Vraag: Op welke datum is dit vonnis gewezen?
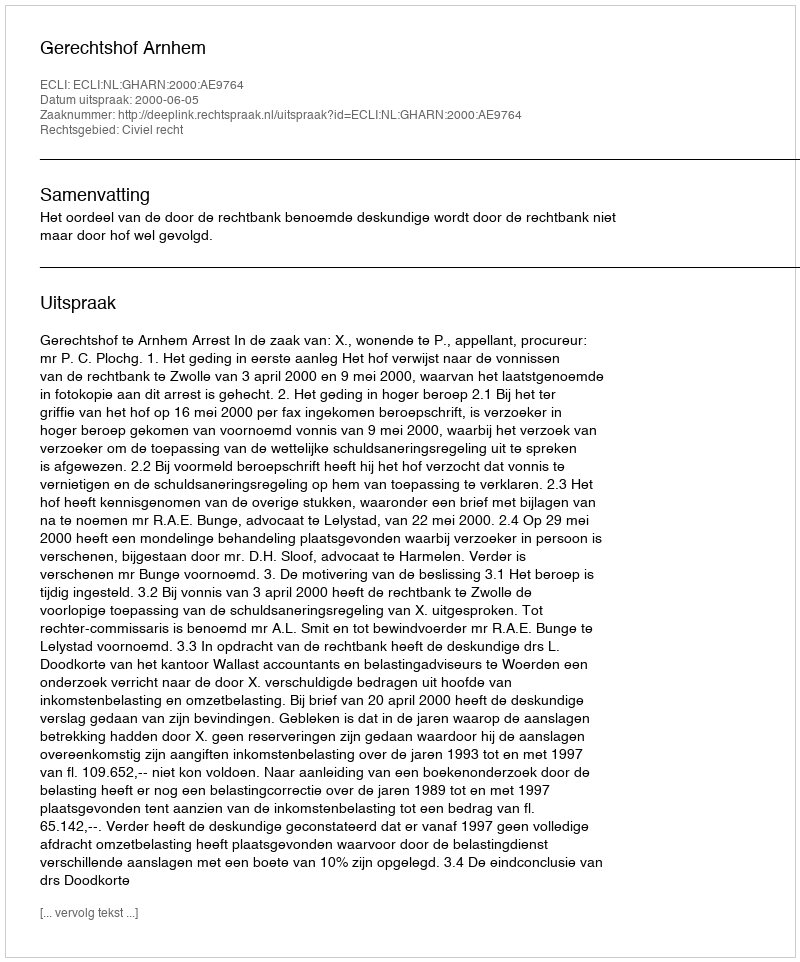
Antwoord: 2000-06-05